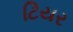
ટિયર